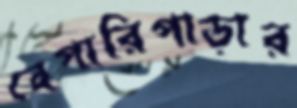
বেপারিপাড়ার